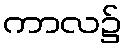
ကာလ၌